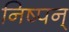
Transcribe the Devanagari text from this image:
निष्पन्